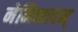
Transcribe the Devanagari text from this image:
नेमिनादम्